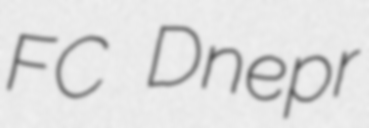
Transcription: FC Dnepr